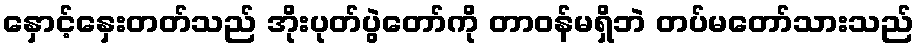
နှောင့်နှေးတတ်သည် အိုးပုတ်ပွဲတော်ကို တာဝန်မရှိဘဲ တပ်မတော်သားသည်